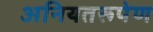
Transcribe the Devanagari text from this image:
अनियतरूपेण